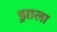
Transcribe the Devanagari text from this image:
झ़ाला